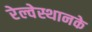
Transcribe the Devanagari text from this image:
रेल्वेस्थानके